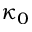
\kappa _ { 0 }